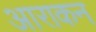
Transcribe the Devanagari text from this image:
आराकन